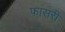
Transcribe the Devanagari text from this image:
फासरी